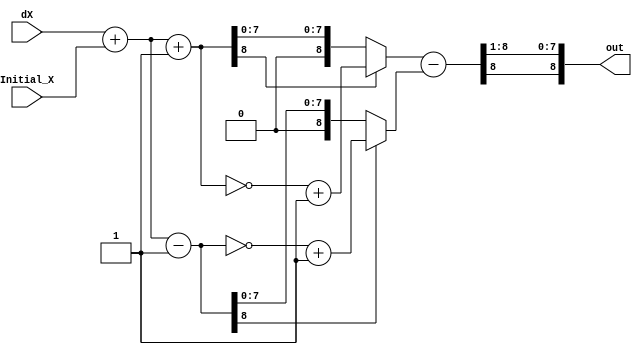
`define WIDTH 9
module equation2 (
dX,
Initial_X,
out
  );
	input wire signed [`WIDTH - 1:0] dX;
	input wire signed [`WIDTH - 1:0] Initial_X;
	wire signed [`WIDTH - 1:0] X;
	wire signed [`WIDTH - 1:0] Xplus1;
	wire signed [`WIDTH - 1:0] Xminus1;
	wire signed [`WIDTH - 1:0] Xplus;
	wire signed [`WIDTH - 1:0] Xminus;
	output wire signed [`WIDTH - 1:0] out;
	
	assign X = dX + Initial_X;
	assign Xplus1 = X + {{(`WIDTH-1){1'b0}}, 1'b1};
	assign Xminus1 = X - {{(`WIDTH-1){1'b0}}, 1'b1};	
	assign Xplus = (Xplus1[`WIDTH - 1])?(~Xplus1+{{(`WIDTH-1){1'b0}}, 1'b1}):Xplus1;
	assign Xminus =  (Xminus1[`WIDTH - 1])?(~Xminus1+{{(`WIDTH-1){1'b0}}, 1'b1}):Xminus1;
	assign out = (Xplus - Xminus) >>> {{(`WIDTH-1){1'b0}}, 1'b1};
endmodule